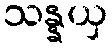
သန္နယှ